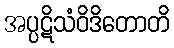
အပ္ပဋိသံဝိဒိတောတိ